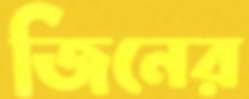
জিনের